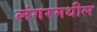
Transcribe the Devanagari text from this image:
लंगरमधील